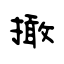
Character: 撖